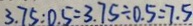
3 . 7 5 : 0 . 5 = 3 . 7 5 \div 0 . 5 = 7 . 5